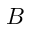
B